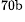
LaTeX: ^\textrm{\scriptsize 70b}